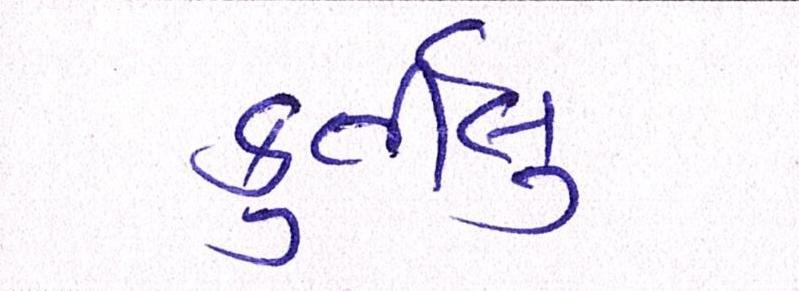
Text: ફુર્તીલુ